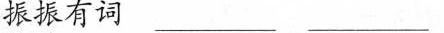
振振有词_____________